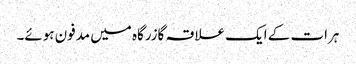
ہرات کے ایک علاقہ گازرگاہ میں مدفون ہوئے۔